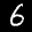
Label: 6